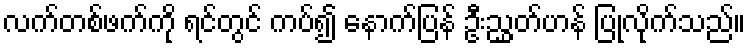
လက်တစ်ဖက်ကို ရင်တွင် ကပ်၍ နောက်ပြန် ဦးညွှတ်ဟန် ပြုလိုက်သည်။